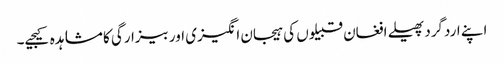
اپنے اردگرد پھیلے افغان قبیلوں کی ہیجان انگیزی اور بیزارگی کا مشاہدہ کیجیے۔